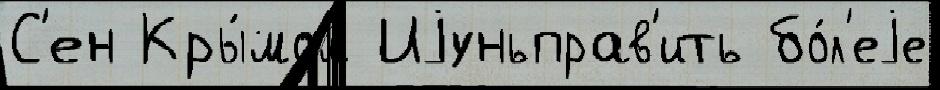
С'ен Кры́мом Иjуньправ'ить бо́л'еjе